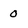
Character: 0